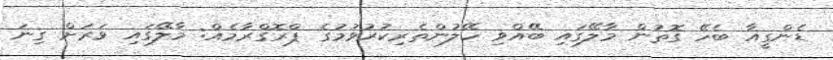
ޑެންގީއާ ބެހޭ ގޮތުން މާލޭގައި ބޭއްވި ހޭލުންތެރިކުރުވުމުގެ ޕްރޮގްރާމެއް: މާލޭގައި ވަރަށް ގިނަ